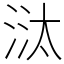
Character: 㳲